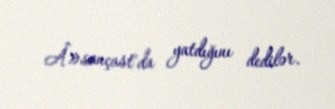
Â»sançast"da yatdığını dedilər.